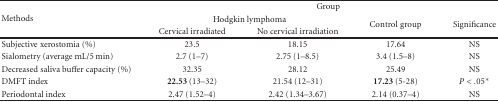
<table><thead><tr><td rowspan="3"><b>Methods</b></td><td colspan="4"><b>Group</b></td></tr><tr><td colspan="2"><b>Hodgkin lymphoma</b></td><td rowspan="2"><b>Control group</b></td><td rowspan="2"><b>Significance</b></td></tr><tr><td><b>Cervical irradiated</b></td><td><b>No cervical irradiation</b></td></tr></thead><tbody><tr><td>Subjective xerostomia (%)</td><td>23.5</td><td>18.15</td><td>17.64</td><td>NS</td></tr><tr><td>Sialometry (average mL/5 min)</td><td>2.7 (1–7)</td><td>2.75 (1–8.5)</td><td>3.4 (1.5–8)</td><td>NS</td></tr><tr><td>Decreased saliva buffer capacity (%)</td><td>32.35</td><td>28.12</td><td>25.49</td><td>NS</td></tr><tr><td>DMFT index</td><td><b>22.53 </b>(13–32)</td><td>21.54 (12–31)</td><td><b>17.23 </b>(5-28)</td><td><i>P</i> &lt; .05<b>*</b></td></tr><tr><td>Periodontal index</td><td>2.47 (1.52–4)</td><td>2.42 (1.34–3.67)</td><td>2.14 (0.37–4)</td><td>NS</td></tr></tbody></table>